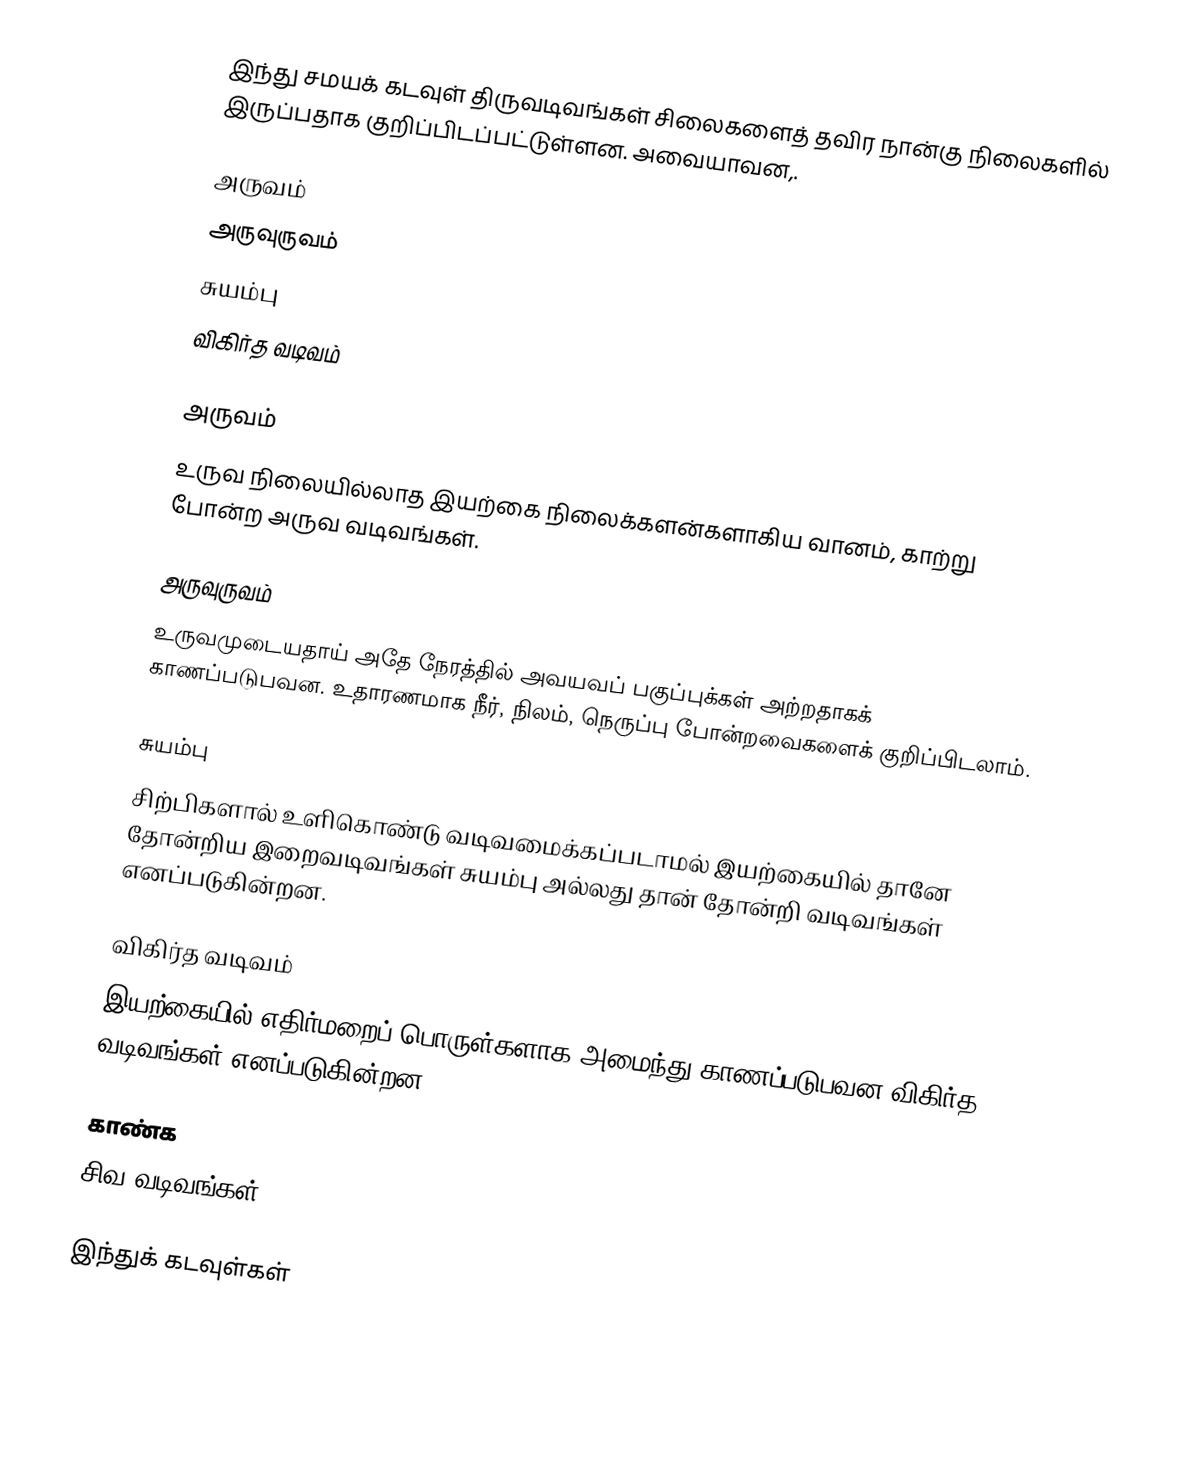
இந்து சமயக் கடவுள் திருவடிவங்கள் சிலைகளைத் தவிர நான்கு நிலைகளில் இருப்பதாக குறிப்பிடப்பட்டுள்ளன. அவையாவன,.

 அருவம்
 அருவுருவம்
 சுயம்பு
 விகிர்த வடிவம்

அருவம்
உருவ நிலையில்லாத இயற்கை நிலைக்களன்களாகிய வானம், காற்று போன்ற அருவ வடிவங்கள்.

அருவுருவம்
உருவமுடையதாய் அதே நேரத்தில் அவயவப் பகுப்புக்கள் அற்றதாகக் காணப்படுபவன. உதாரணமாக நீர், நிலம், நெருப்பு போன்றவைகளைக் குறிப்பிடலாம்.

சுயம்பு
சிற்பிகளால் உளிகொண்டு வடிவமைக்கப்படாமல் இயற்கையில் தானே தோன்றிய இறைவடிவங்கள் சுயம்பு அல்லது தான் தோன்றி வடிவங்கள் எனப்படுகின்றன.

விகிர்த வடிவம்
இயற்கையில் எதிர்மறைப் பொருள்களாக அமைந்து காணப்படுபவன விகிர்த வடிவங்கள் எனப்படுகின்றன.

காண்க
சிவ வடிவங்கள்

இந்துக் கடவுள்கள்